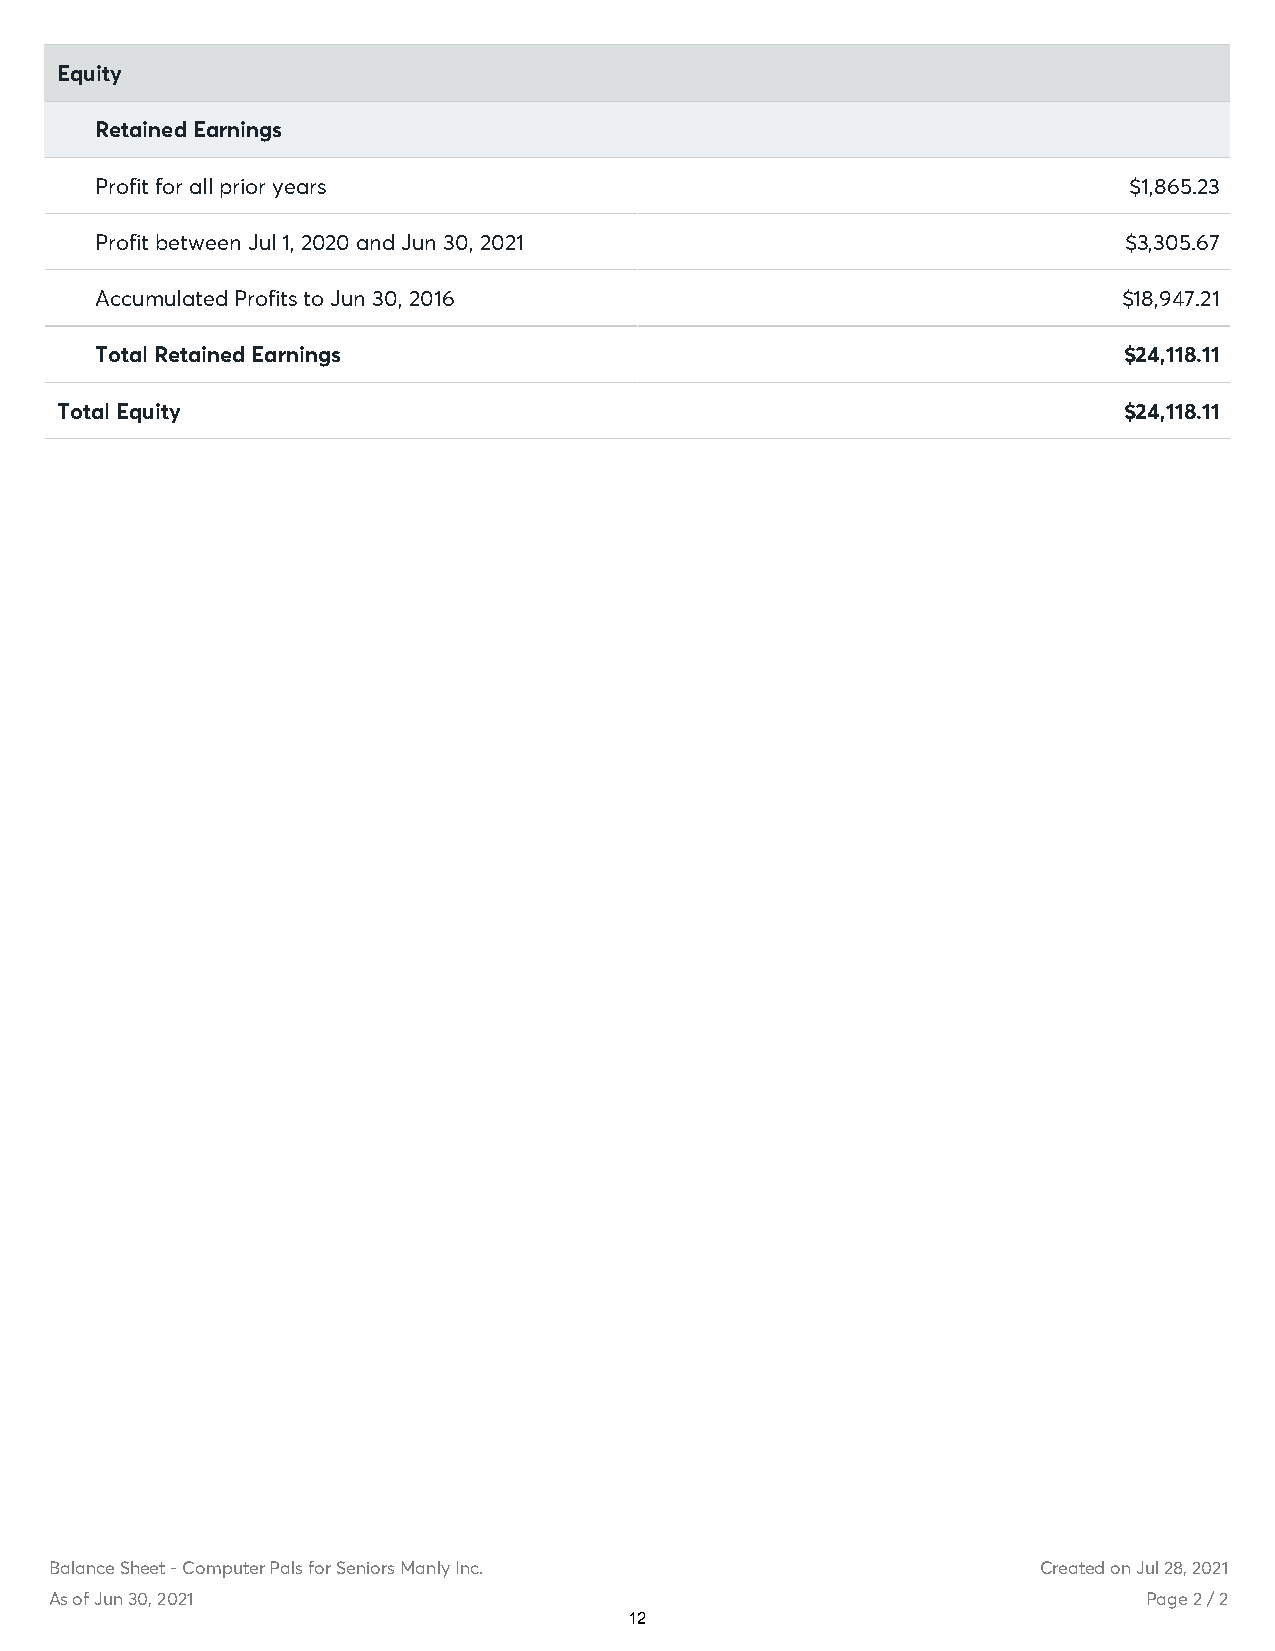
Equity
 Retained Earnings
 Profit for all prior years                                           $1,865.23
 Profit between Jul 1, 2020 and Jun 30, 2021                          $3,305.67
 Accumulated Profits to Jun 30, 2016                                 $18,947.21
 Total Retained Earnings                                             $24,118.11
 Total Equity                                                          $24,118.11
 Balance Sheet - Computer Pals for Seniors Manly Inc.              Created on Jul 28, 2021
 As of Jun 30, 2021                                                       Page 2 / 2
 12